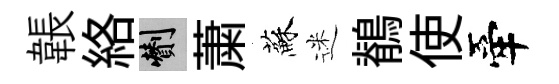
韔絡剪䔥蘇迷鶺使牽